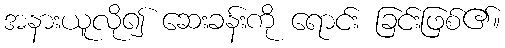
အနားယူလို၍ ဆေးခန်းကို ရောင်း ခြင်းဖြစ်၏။